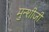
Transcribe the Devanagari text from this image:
मुन्शीजी